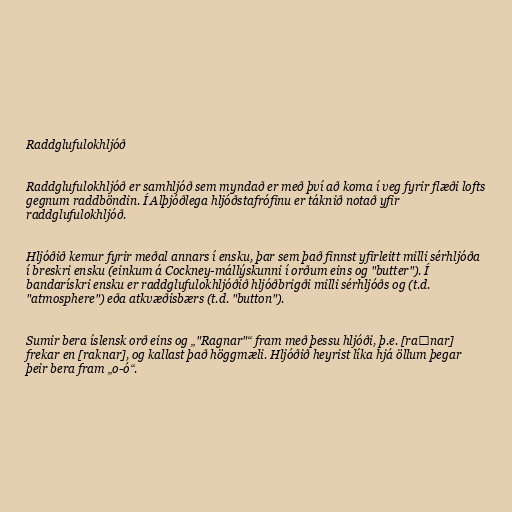
Raddglufulokhljóð

Raddglufulokhljóð er samhljóð sem myndað er með því að koma í veg fyrir flæði lofts
gegnum raddböndin. Í Alþjóðlega hljóðstafrófinu er táknið notað yfir
raddglufulokhljóð.

Hljóðið kemur fyrir meðal annars í ensku, þar sem það finnst yfirleitt milli sérhljóða
í breskri ensku (einkum á Cockney-mállýskunni í orðum eins og "butter"). Í
bandarískri ensku er raddglufulokhljóðið hljóðbrigði milli sérhljóðs og (t.d.
"atmosphere") eða atkvæðisbærs (t.d. "button").

Sumir bera íslensk orð eins og „"Ragnar"“ fram með þessu hljóði, þ.e. [raʔnar]
frekar en [raknar], og kallast það höggmæli. Hljóðið heyrist líka hjá öllum þegar
þeir bera fram „o-ó“.